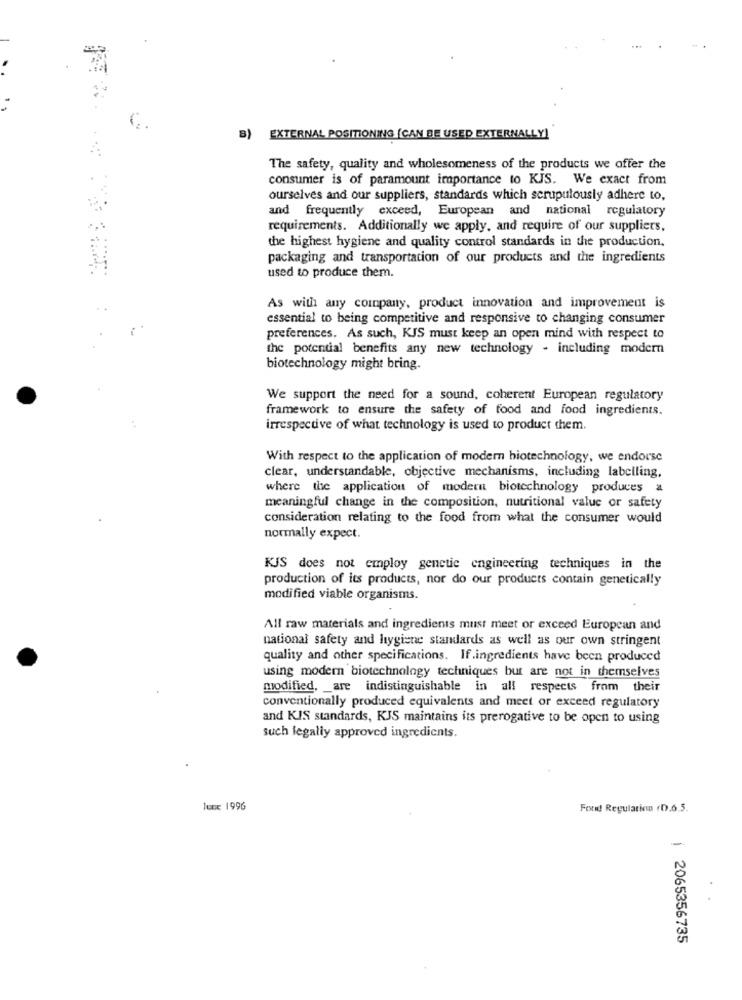
B) EXTERNAL POSITIONING [CAN BE USED EXTERNALLY]
The safety, quality and wholesomeness of the products we offer the
consumer is of paramount importance to KJS. We exact from
ourselves and our suppliers, standards which scrupulously adhere to,
and frequently exceed, European and national regulatory
requirements. Additionally we apply, and require of our suppliers,
the highest hygiene and quality control standards in the production.
packaging and transportation of our products and the ingredients
used to produce them.
As with any company, product innovation and improvement is
essential to being competitive and responsive to changing consumer
preferences. As such, KJS must keep an open mind with respect to
the potential benefits any new technology - including modern
biotechnology might bring.
We support the need for a sound, coherent European regulatory
framework to ensure the safety of food and food ingredients.
irrespective of what technology is used to product chem.
With respect to the application of modern biotechnology, we endorse
clear, understandable, objective mechanisms, including labelling,
where the application of modern biotechnology produces a
meaningful change in the composition, nutritional value or safety
consideration relating to the food from what the consumer would
normally expect.
KJS does not employ genetic engineering techniques in the
production of its products, nor do our products contain genetically
modified viable organisms.
All raw materials and ingredients must meet or exceed European and
national safety and hygiene standards as well as our own stringent
quality and other specifications. If.ingredients have been produced
using modern biotechnology techniques but are not in themselves
modified, _ are indistinguishable in all respects from their
conventionally produced equivalents and meet or exceed regulatory
and KIS standards, KJS maintains its prerogative to be open to using
such legally approved ingredients.
lenx 1996
Fond Regulating D.6.5.
.
1 2065356735